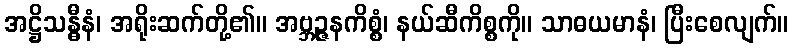
အဋ္ဌိသန္ဓီနံ၊ အရိုးဆက်တို့၏။ အဗ္ဘဉ္ဇနကိစ္စံ၊ နယ်ဆီကိစ္စကို။ သာဓယမာနံ၊ ပြီးစေလျက်။